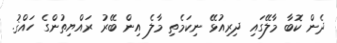
ދެން ކޮބާ މާލޭގައި ދިރިއުޅޭ ނިކަމެތި މާލެ އިން ބޭރު ރައްޔިތުންގެ ހައްްްޤު.